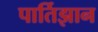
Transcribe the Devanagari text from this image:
पार्तिझान